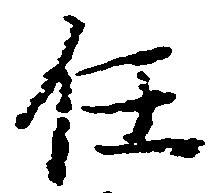
任